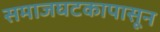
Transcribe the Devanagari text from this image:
समाजघटकापासून